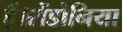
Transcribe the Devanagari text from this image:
हैं।रोंडोनिया